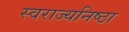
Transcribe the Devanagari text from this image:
स्वराज्यनिष्ठा